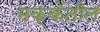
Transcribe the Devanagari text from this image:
मक्केंतील